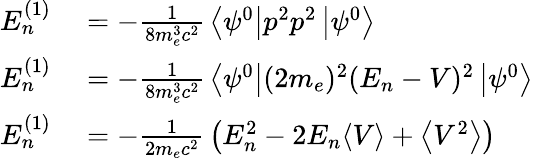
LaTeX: \begin{array}{rl}{E_{n}^{(1)}}&{{}=-{\frac{1}{8m_{e}^{3}c^{2}}}\left\langle\psi^{0}\right\vert p^{2}p^{2}\left\vert\psi^{0}\right\rangle}\\ {E_{n}^{(1)}}&{{}=-{\frac{1}{8m_{e}^{3}c^{2}}}\left\langle\psi^{0}\right\vert(2m_{e})^{2}(E_{n}-V)^{2}\left\vert\psi^{0}\right\rangle}\\ {E_{n}^{(1)}}&{{}=-{\frac{1}{2m_{e}c^{2}}}\left(E_{n}^{2}-2E_{n}\langle V\rangle+\left\langle V^{2}\right\rangle\right)}\end{array}